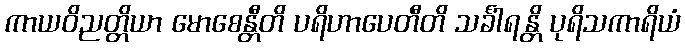
ကာယဝိညတ္တိယာ မောစေန္တီတိ ပရိဟာပေတီတိ သင်္ခါရန္တိ ပုရိသကာရိယံ